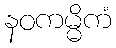
နဝကမ္မိကံ